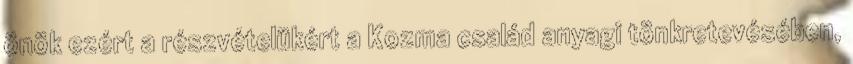
önök ezért a részvételükért a Kozma család anyagi tönkretevésében,